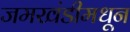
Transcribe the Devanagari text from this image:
जमखंडीमधून